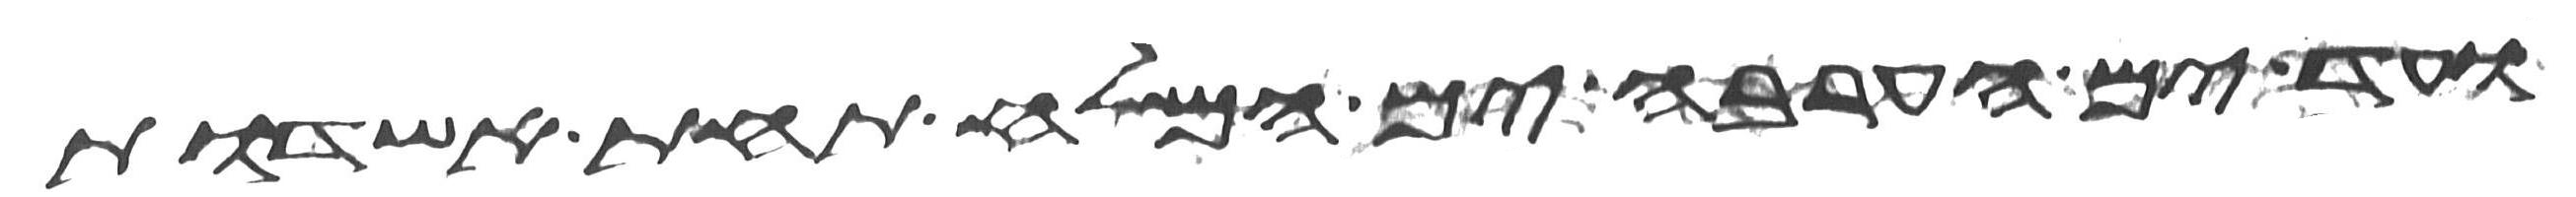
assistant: ועד ים הערבה ים המלח תחת אשדות